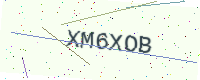
Text: XM6XOB